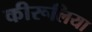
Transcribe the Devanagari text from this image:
कीरूलिया